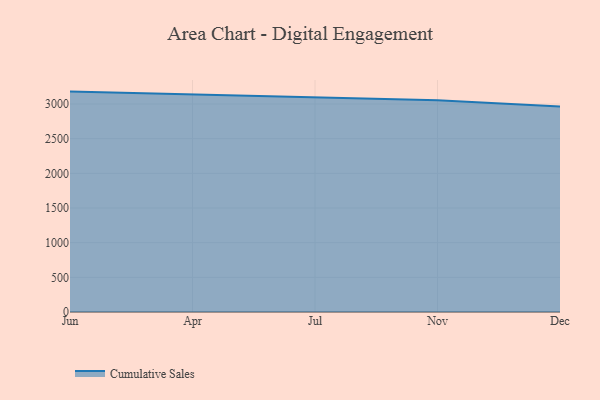
{"axis": {"x": "Month", "y": "Conversion Rate (%)"}, "legend": ["Cumulative Sales"], "data": [{"x": "Jun", "y": 3179.0, "type": "Cumulative Sales"}, {"x": "Apr", "y": 3133.8, "type": "Cumulative Sales"}, {"x": "Jul", "y": 3096.9, "type": "Cumulative Sales"}, {"x": "Nov", "y": 3053.4, "type": "Cumulative Sales"}, {"x": "Dec", "y": 2962.7, "type": "Cumulative Sales"}]}